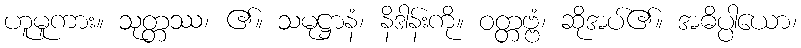
ဟူမူကား။ သုတ္တဿ၊ ၏။ သမုဋ္ဌာနံ၊ နိဒါန်းကို။ ဝတ္တဗ္ဗံ၊ ဆိုအပ်၏။ အဓိပ္ပါယော၊